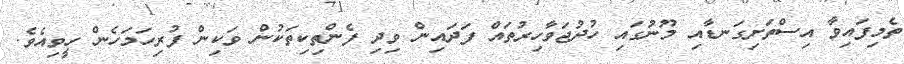
ތެމިފައިވާ އިސްތަށިގަނޑާއި މޫނުގައި ހުދުޖަވާހިރުތައް ފަދައިން ވިދި ފެންތިކިތަކުން ވަކިން ފުރިހަމަހެން ހީވިއެވެ.